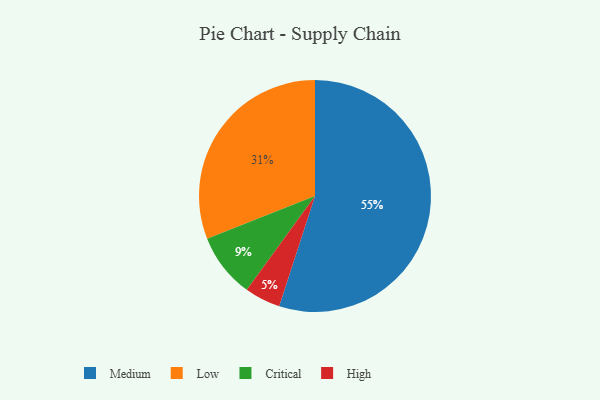
{"axis": {"x": "Category", "y": "Percentage"}, "legend": ["Critical", "High", "Low", "Medium"], "data": [{"x": "Low", "y": 31, "type": "Low"}, {"x": "High", "y": 5, "type": "High"}, {"x": "Medium", "y": 55, "type": "Medium"}, {"x": "Critical", "y": 9, "type": "Critical"}]}